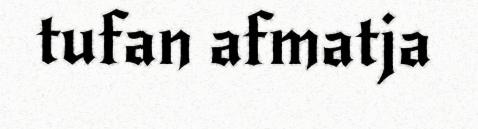
tufan afmatja